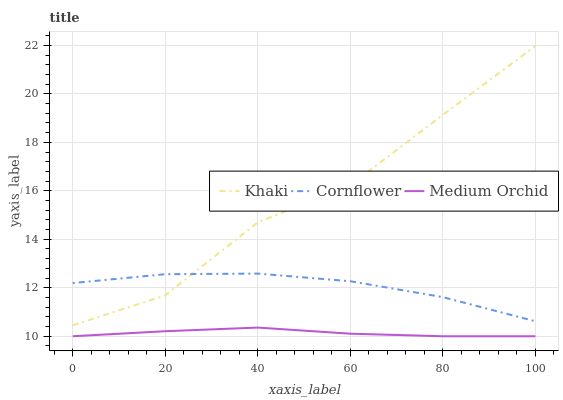
| xaxis_label | Khaki | Cornflower | Medium Orchid |
 | --- | --- | --- | --- |
 | 0 | 10.5 | 12.2 | 10 |
 | 20 | 11.7 | 12.6 | 10.2 |
 | 40 | 14.7 | 12.6 | 10.4 |
 | 60 | 16.2 | 12.3 | 10.1 |
 | 80 | 19.1 | 11.6 | 10 |
 | 100 | 22 | 10.6 | 10 |